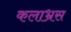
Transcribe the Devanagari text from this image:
कलाभ्रस